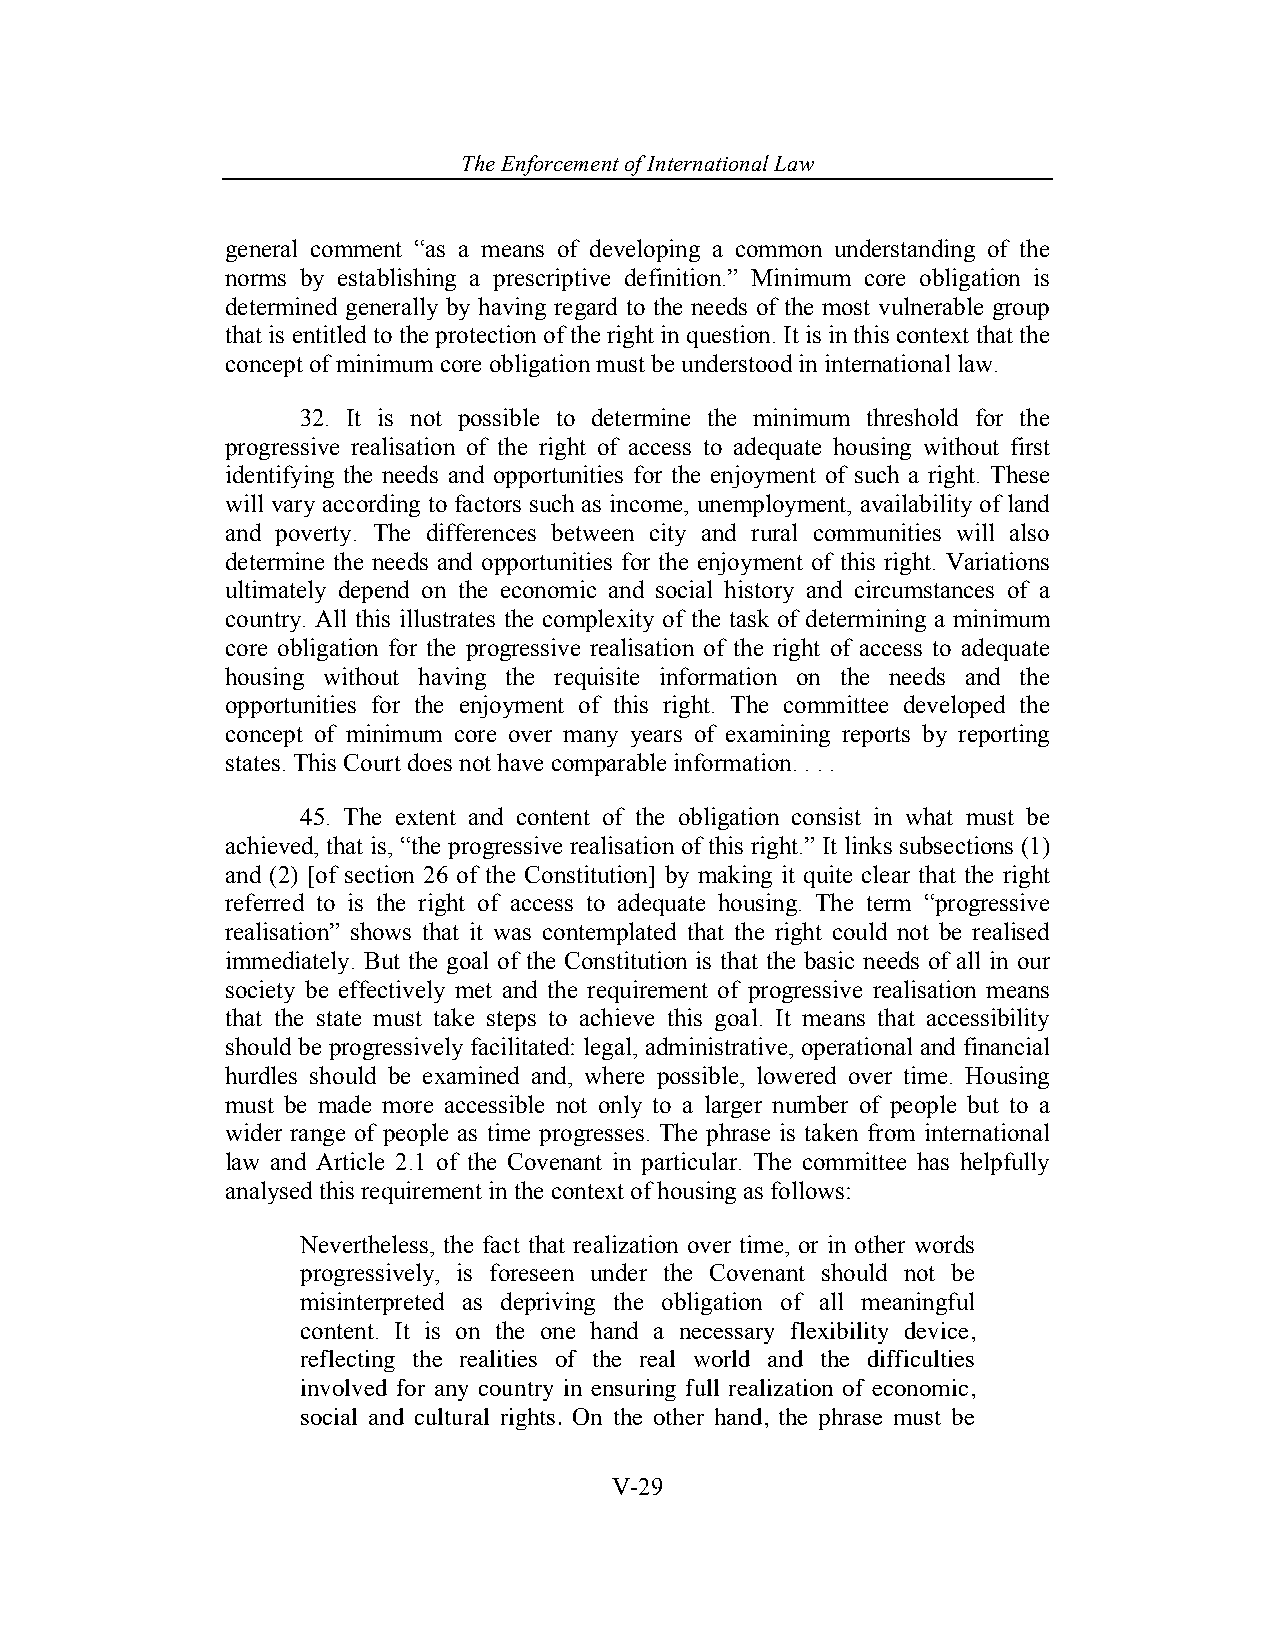
The Enforcement o f International Law
 general comment “as a means of developing a common understanding of the
 norms by establishing a prescriptive definition.” Minimum core obligation is
 determined generally by having regard to the needs of the most vulnerable group
 that is entitled to the protection of the right in question. It is in this context that the
 concept of minimum core obligation must be understood in international law.
 32. It is not possible to determine the minimum threshold for the
 progressive realisation of the right of access to adequate housing without first
 identifying the needs and opportunities for the enjoyment of such a right. These
 will vary according to factors such as income, unemployment, availability of land
 and poverty. The differences between city and rural communities will also
 determine the needs and opportunities for the enjoyment of this right. Variations
 ultimately depend on the economic and social history and circumstances of a
 country. All this illustrates the complexity of the task of determining a minimum
 core obligation for the progressive realisation of the right of access to adequate
 housing without having the requisite information on the needs and the
 opportunities for the enjoyment of this right. The committee developed the
 concept of minimum core over many years of examining reports by reporting
 states. This Court does not have comparable information. . . .
 45. The extent and content of the obligation consist in what must be
 achieved, that is, “the progressive realisation of this right.” It links subsections (1)
 and (2) [of section 26 of the Constitution] by making it quite clear that the right
 referred to is the right of access to adequate housing. The term “progressive
 realisation” shows that it was contemplated that the right could not be realised
 immediately. But the goal of the Constitution is that the basic needs of all in our
 society be effectively met and the requirement of progressive realisation means
 that the state must take steps to achieve this goal. It means that accessibility
 should be progressively facilitated: legal, administrative, operational and financial
 hurdles should be examined and, where possible, lowered over time. Housing
 must be made more accessible not only to a larger number of people but to a
 wider range of people as time progresses. The phrase is taken from international
 law and Article 2.1 of the Covenant in particular. The committee has helpfully
 analysed this requirement in the context of housing as follows:
 Nevertheless, the fact that realization over time, or in other words
 progressively, is foreseen under the Covenant should not be
 misinterpreted as depriving the obligation of all meaningful
 content. It is on the one hand a necessary flexibility device,
 reflecting the realities of the real world and the difficulties
 involved for any country in ensuring full realization of economic,
 social and cultural rights. On the other hand, the phrase must be
 V-29